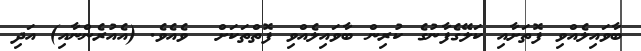
ބާވައިލެއްވި ފޮތަށާއި ކަލޭގެފާނުގެ ކުރިން ބާވައިލެއްވި ފޮތްތަކަށް  ވެެއެވެ. (އެއުރެންނާއި) އަދި